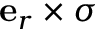
\mathbf { e } _ { r } \times \boldsymbol \sigma